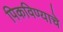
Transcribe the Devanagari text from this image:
पिकविण्याचे